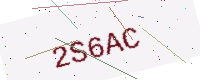
Text: 2S6AC